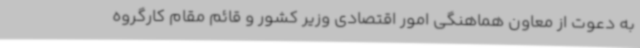
به دعوت از معاون هماهنگی امور اقتصادی وزیر کشور و قائم مقام کارگروه